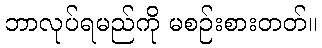
ဘာလုပ်ရမည်ကို မစဉ်းစားတတ်။